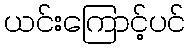
ယင်းကြောင့်ပင်